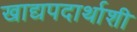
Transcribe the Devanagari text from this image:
खाद्यपदार्थाशी